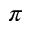
\pi